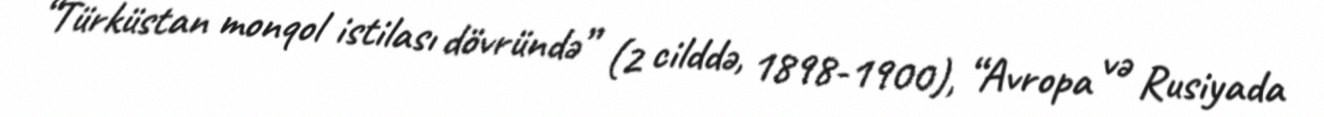
“Türküstan monqol istilası dövründə” (2 cilddə, 1898-1900), “Avropa və Rusiyada